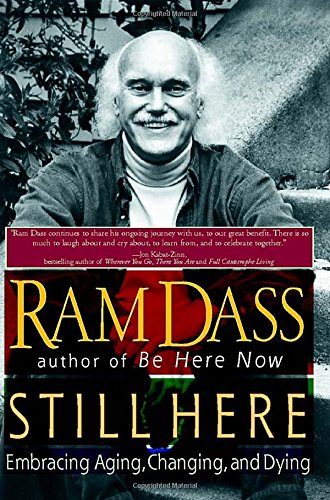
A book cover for Still Here: Embracing Aging, Changing, and Dying; Ram Dass; Politics & Social Sciences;